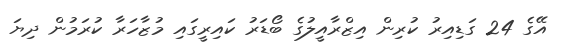
އޭގެ 24 ގަޑިއިރު ކުރިން އިޒްރާއީލުގެ ބޯޑަރު ކައިރީގައި މުޒާހަރާ ކުރަމުން ދިޔަ